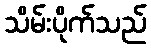
သိမ်းပိုက်သည်